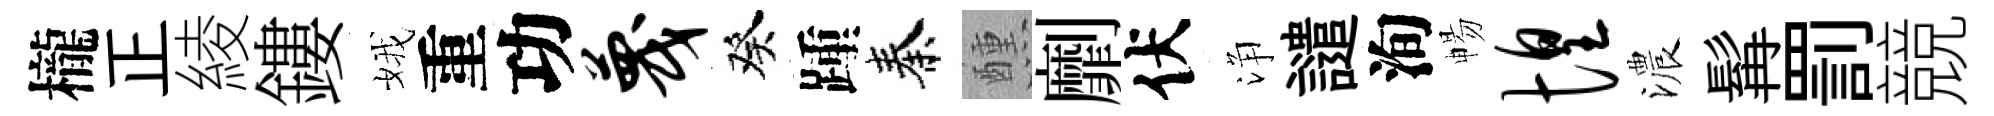
櫳正綾鏤娥重功蔑癸踵秦醺劘伏浄譴洵暢惶濃髯罰競